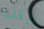
يرقات